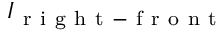
I _ { \mathrm { ~ r ~ i ~ g ~ h ~ t ~ - ~ f ~ r ~ o ~ n ~ t ~ } }